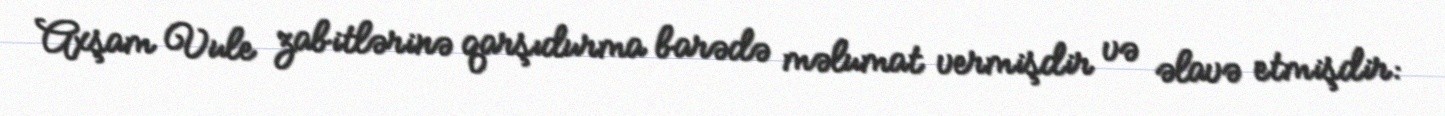
Axşam Vule zabitlərinə qarşıdurma barədə məlumat vermişdir və əlavə etmişdir: